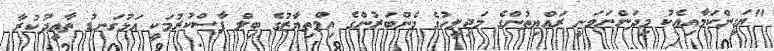
"ޔަގީންކަމާއިއެކު މިދަންނަވަނީ ރައްޔިތުންގެ މަޖިލީހުގެ މެންބަރުންގެ އިމްތިޔާޒުގެ ބިލް ފާސްކުރުމަކީ އަޅުގަނޑު ތާއީދުކުރާ